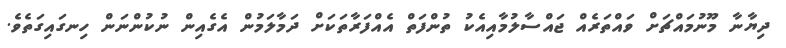
ދިޔާނާ މޫނުމައްޗަށް ވައްތަރެއް ޖައްސާލުމާއިއެކު ތުންފަތް އެއްފަރާތަކަށް ދަމާލަމުން އެގެއިން ނުކުންނަން ހިނގައިގަތެވެ.